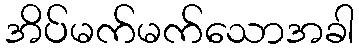
အိပ်မက်မက်သောအခါ